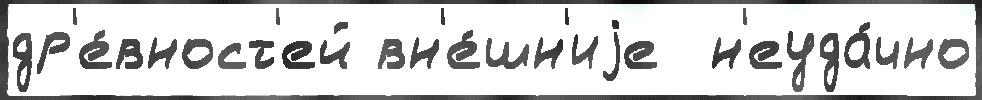
др'е́вност'ей вн'е́шн'иjе  н'еуда́чно